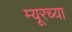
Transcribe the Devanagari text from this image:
म्यूरच्या